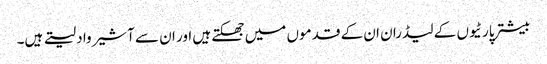
بیشتر پارٹیوں کے لیڈران ان کے قدموں میں جھکتے ہیں اور ان سے آشیرواد لیتے ہیں۔